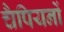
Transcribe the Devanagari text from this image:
चैपियनों